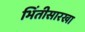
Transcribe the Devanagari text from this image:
भिंतीसारखा